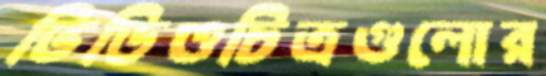
ভিডিওচিত্রগুলোর